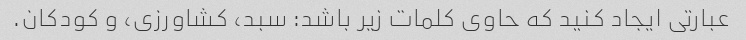
عبارتی ایجاد کنید که حاوی کلمات زیر باشد: سبد، کشاورزی، و کودکان.